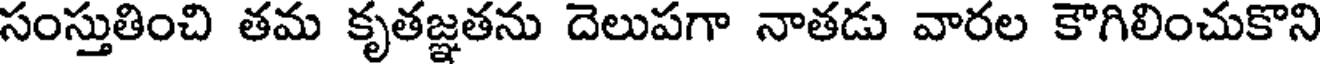
సంస్తుతించి తమ కృతజ్ఞతను దెలుపగా నాతడు వారల కౌగిలించుకొని